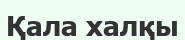
Қала халқы